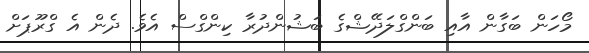
މޯހަން ބަގާން އާއި ބަންގްލަދޭޝްގެ ބަޝުންދުރާ ކިންގްސް އެވެ. ދެން އެ ގްރޫޕަށް